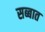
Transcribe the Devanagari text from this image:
सब्बात